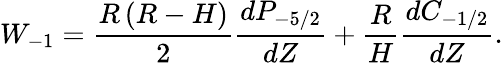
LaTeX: W_{-1}=\frac{R\left(R-H\right)}{2}\frac{dP_{-5/2}}{dZ}+\frac{R}{H}\frac{dC_{-1/2}}{dZ}.